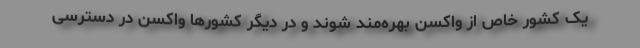
یک کشور خاص از واکسن بهره‌مند شوند و در دیگر کشورها واکسن در دسترسی